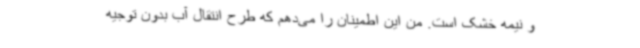
و نیمه خشک است. من این اطمینان را می‌دهم که طرح انتقال آب بدون توجیه